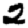
Digit: 2